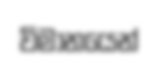
විමානයෙන්